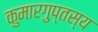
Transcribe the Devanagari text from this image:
कुमारगुप्तस्य